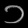
Digit: ၁